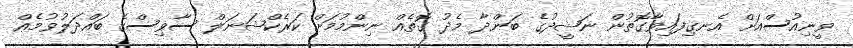
ވީނިއުސްއަށް އެނގިފައިވާގޮތުން ނަޝީދުގެ ބަންދާ މެދު ގޮތެއް ނިންމުމަށް ކަރެކްޝަނަލް ސާވިސްގެ ބައްދަލުވުމެއް